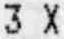
3 X